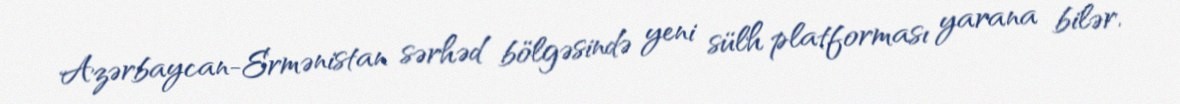
Azərbaycan-Ermənistan sərhəd bölgəsində yeni sülh platforması yarana bilər.